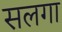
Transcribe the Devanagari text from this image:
सलगा